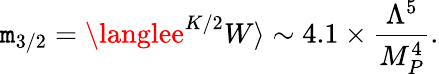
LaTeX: \mathtt{m}_{3/2}=\langlee^{K/2}W\rangle\sim4.1\times\frac{{\Lambda^{5}}}{{M_{P}^{4}}}.